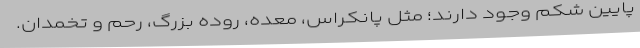
پایین شکم وجود دارند؛ مثل پانکراس، معده، روده بزرگ، رحم و تخمدان.